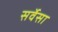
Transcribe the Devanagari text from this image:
सर्वेसा